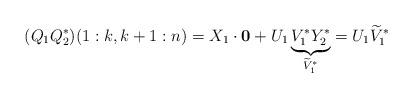
LaTeX: \begin{align*}(Q_1 Q_2^{*})(1:k, k+1:n) &= X_1 \cdot \mathbf{0} + U_1 \underbrace{V_1^{*} Y_2^{*}}_{\widetilde{V}_1^{*}} = U_1\widetilde{V}_1^{*}\end{align*}